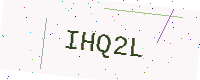
Text: IHQ2L